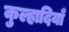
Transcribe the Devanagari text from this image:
कुल्हादियाँ